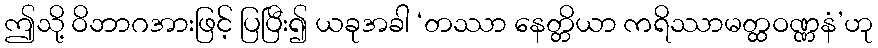
ဤသို့ ဝိဘာဂအားဖြင့် ပြပြီး၍ ယခုအခါ ‘တဿာ နေတ္တိယာ ကရိဿာမတ္ထဝဏ္ဏနံ’ဟု